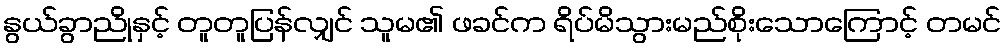
နွယ်ခွာညိုနှင့် တူတူပြန်လျှင် သူမ၏ ဖခင်က ရိပ်မိသွားမည်စိုးသောကြောင့် တမင်